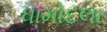
ધામોદલા